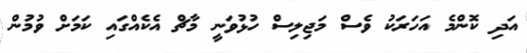
އަދި ކޮންމެ އަހަރަކު ވެސް މަޖިލިސް ހުޅުވަނީ މާޗް އެކެއްގައި ކަމަށް ވުމުން